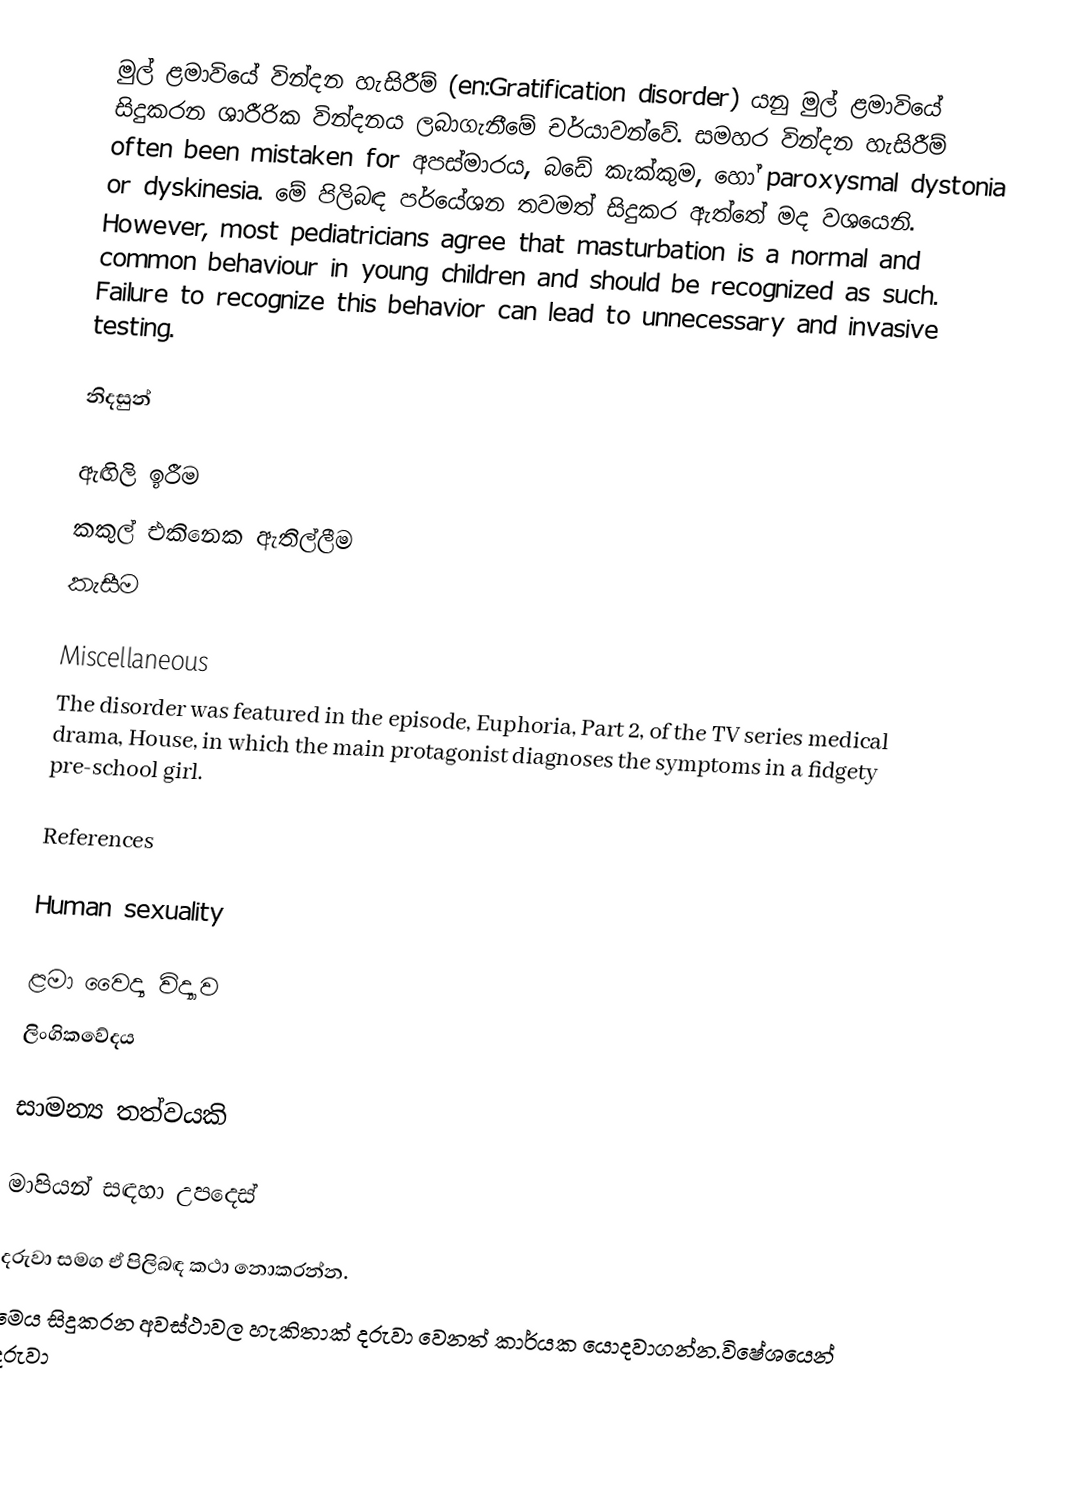
මුල් ළමාවියේ වින්දන හැසිරීම් (en:Gratification disorder) යනු මුල් ළමාවියේ සිදුකරන ශාරීරික වින්දනය ලබාගැනීමේ චර්යාවන්වේ. සමහර වින්දන හැසිරීම් often been mistaken for අපස්මාරය, බඩේ කැක්කුම, හෝ paroxysmal dystonia or dyskinesia. මේ පිලිබඳ පර්යේශන තවමත් සිදුකර ඇත්තේ මද වශයෙනි. However, most pediatricians agree that masturbation is a normal and common behaviour in young children and should be recognized as such. Failure to recognize this behavior can lead to unnecessary and invasive testing.

නිදසුන්

  ඇඟිලි ඉරීම
 කකුල් එකිනෙක ඇතිල්ලීම
 කැසීම

Miscellaneous
The disorder was featured in the episode, Euphoria, Part 2, of the TV series medical drama, House, in which the main protagonist diagnoses the symptoms in a fidgety pre-school girl.

References

Human sexuality

ළමා වෛද්‍ය විද්‍යාව
ලිංගිකවේදය

සාමන්‍ය තත්වයකි

මාපියන් සඳහා උපදෙස්

දරුවා සමග ඒ පිලිබඳ කථා නොකරන්න.
මෙය සිදුකරන අවස්ථාවල හැකිතාක් දරුවා වෙනත් කාර්යක යොදවාගන්න.විෂේශයෙන් දරුවා